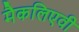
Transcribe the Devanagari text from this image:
मैकलिएवी